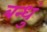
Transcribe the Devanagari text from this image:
बन्धुं